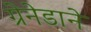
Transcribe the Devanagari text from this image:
ग्रेनेडाने